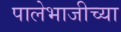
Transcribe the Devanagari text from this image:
पालेभाजीच्या